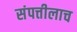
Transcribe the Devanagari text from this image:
संपत्तीलाच